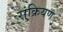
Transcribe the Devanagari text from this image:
संक्रियण